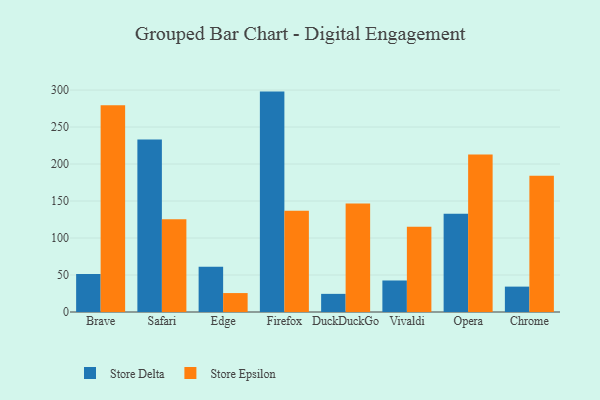
{"axis": {"x": "Browser", "y": "Bounce Rate (%)"}, "legend": ["Store Delta", "Store Epsilon"], "data": [{"x": "Brave", "y": 51.2, "type": "Store Delta"}, {"x": "Brave", "y": 279.4, "type": "Store Epsilon"}, {"x": "Safari", "y": 233.1, "type": "Store Delta"}, {"x": "Safari", "y": 125.5, "type": "Store Epsilon"}, {"x": "Edge", "y": 61.0, "type": "Store Delta"}, {"x": "Edge", "y": 25.6, "type": "Store Epsilon"}, {"x": "Firefox", "y": 297.9, "type": "Store Delta"}, {"x": "Firefox", "y": 136.8, "type": "Store Epsilon"}, {"x": "DuckDuckGo", "y": 24.5, "type": "Store Delta"}, {"x": "DuckDuckGo", "y": 146.5, "type": "Store Epsilon"}, {"x": "Vivaldi", "y": 42.6, "type": "Store Delta"}, {"x": "Vivaldi", "y": 115.3, "type": "Store Epsilon"}, {"x": "Opera", "y": 132.7, "type": "Store Delta"}, {"x": "Opera", "y": 212.9, "type": "Store Epsilon"}, {"x": "Chrome", "y": 34.3, "type": "Store Delta"}, {"x": "Chrome", "y": 184.1, "type": "Store Epsilon"}]}